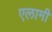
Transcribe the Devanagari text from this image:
एलामी